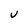
Character: v